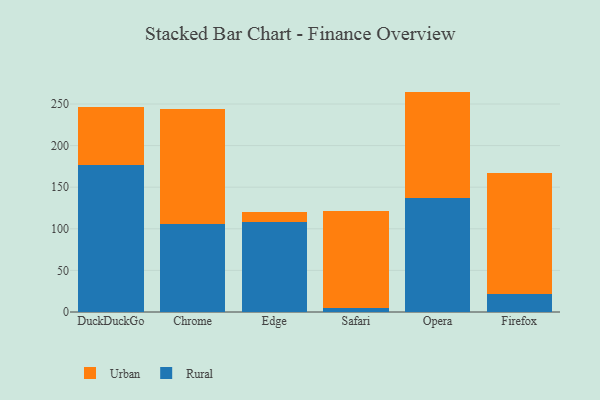
{"axis": {"x": "Browser", "y": "Headcount"}, "legend": ["Rural", "Urban"], "data": [{"x": "DuckDuckGo", "y": 176.3, "type": "Rural"}, {"x": "DuckDuckGo", "y": 70.4, "type": "Urban"}, {"x": "Chrome", "y": 105.5, "type": "Rural"}, {"x": "Chrome", "y": 138.5, "type": "Urban"}, {"x": "Edge", "y": 108.0, "type": "Rural"}, {"x": "Edge", "y": 11.6, "type": "Urban"}, {"x": "Safari", "y": 5.3, "type": "Rural"}, {"x": "Safari", "y": 116.6, "type": "Urban"}, {"x": "Opera", "y": 137.4, "type": "Rural"}, {"x": "Opera", "y": 127.5, "type": "Urban"}, {"x": "Firefox", "y": 22.0, "type": "Rural"}, {"x": "Firefox", "y": 144.7, "type": "Urban"}]}